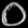
Digit: ၀